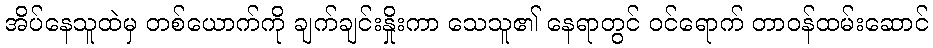
အိပ်နေသူထဲမှ တစ်ယောက်ကို ချက်ချင်းနှိုးကာ သေသူ၏ နေရာတွင် ဝင်ရောက် တာဝန်ထမ်းဆောင်